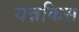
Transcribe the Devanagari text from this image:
यन्नकिस